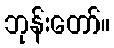
ဘုန်းတော်။